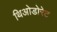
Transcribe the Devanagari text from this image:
थिओडोरेट